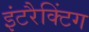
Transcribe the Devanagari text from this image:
इंटरैक्टिंग